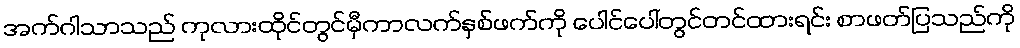
အက်ဂါသာသည် ကုလားထိုင်တွင်မှီကာလက်နှစ်ဖက်ကို ပေါင်ပေါ်တွင်တင်ထားရင်း စာဖတ်ပြသည်ကို